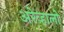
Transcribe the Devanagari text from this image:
अरेव्हालो